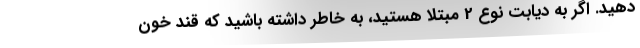
دهید. اگر به دیابت نوع 2 مبتلا هستید، به خاطر داشته باشید که قند خون